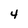
Character: 4